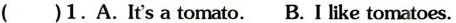
( )1.A.It's a tomato. B. I like tomatoes.